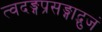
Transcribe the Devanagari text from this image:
त्वदङ्गप्रसङ्गाद्भुजं